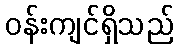
ဝန်းကျင်ရှိသည်